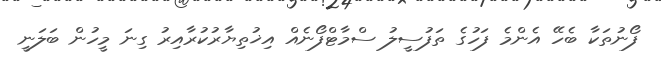
ފޯނުތަކާ ބެހޭ އެންމެ ފަހުގެ ތަފުސީލު ސްމާޓްފޯނެއް އިޚުތިޔާރުކުރާއިރު ގިނަ މީހުން ބަލަނީ